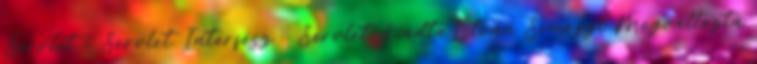
Servlet  Servlet Interfész  Servlet. KiadtaIstván Somogyi Megváltozta